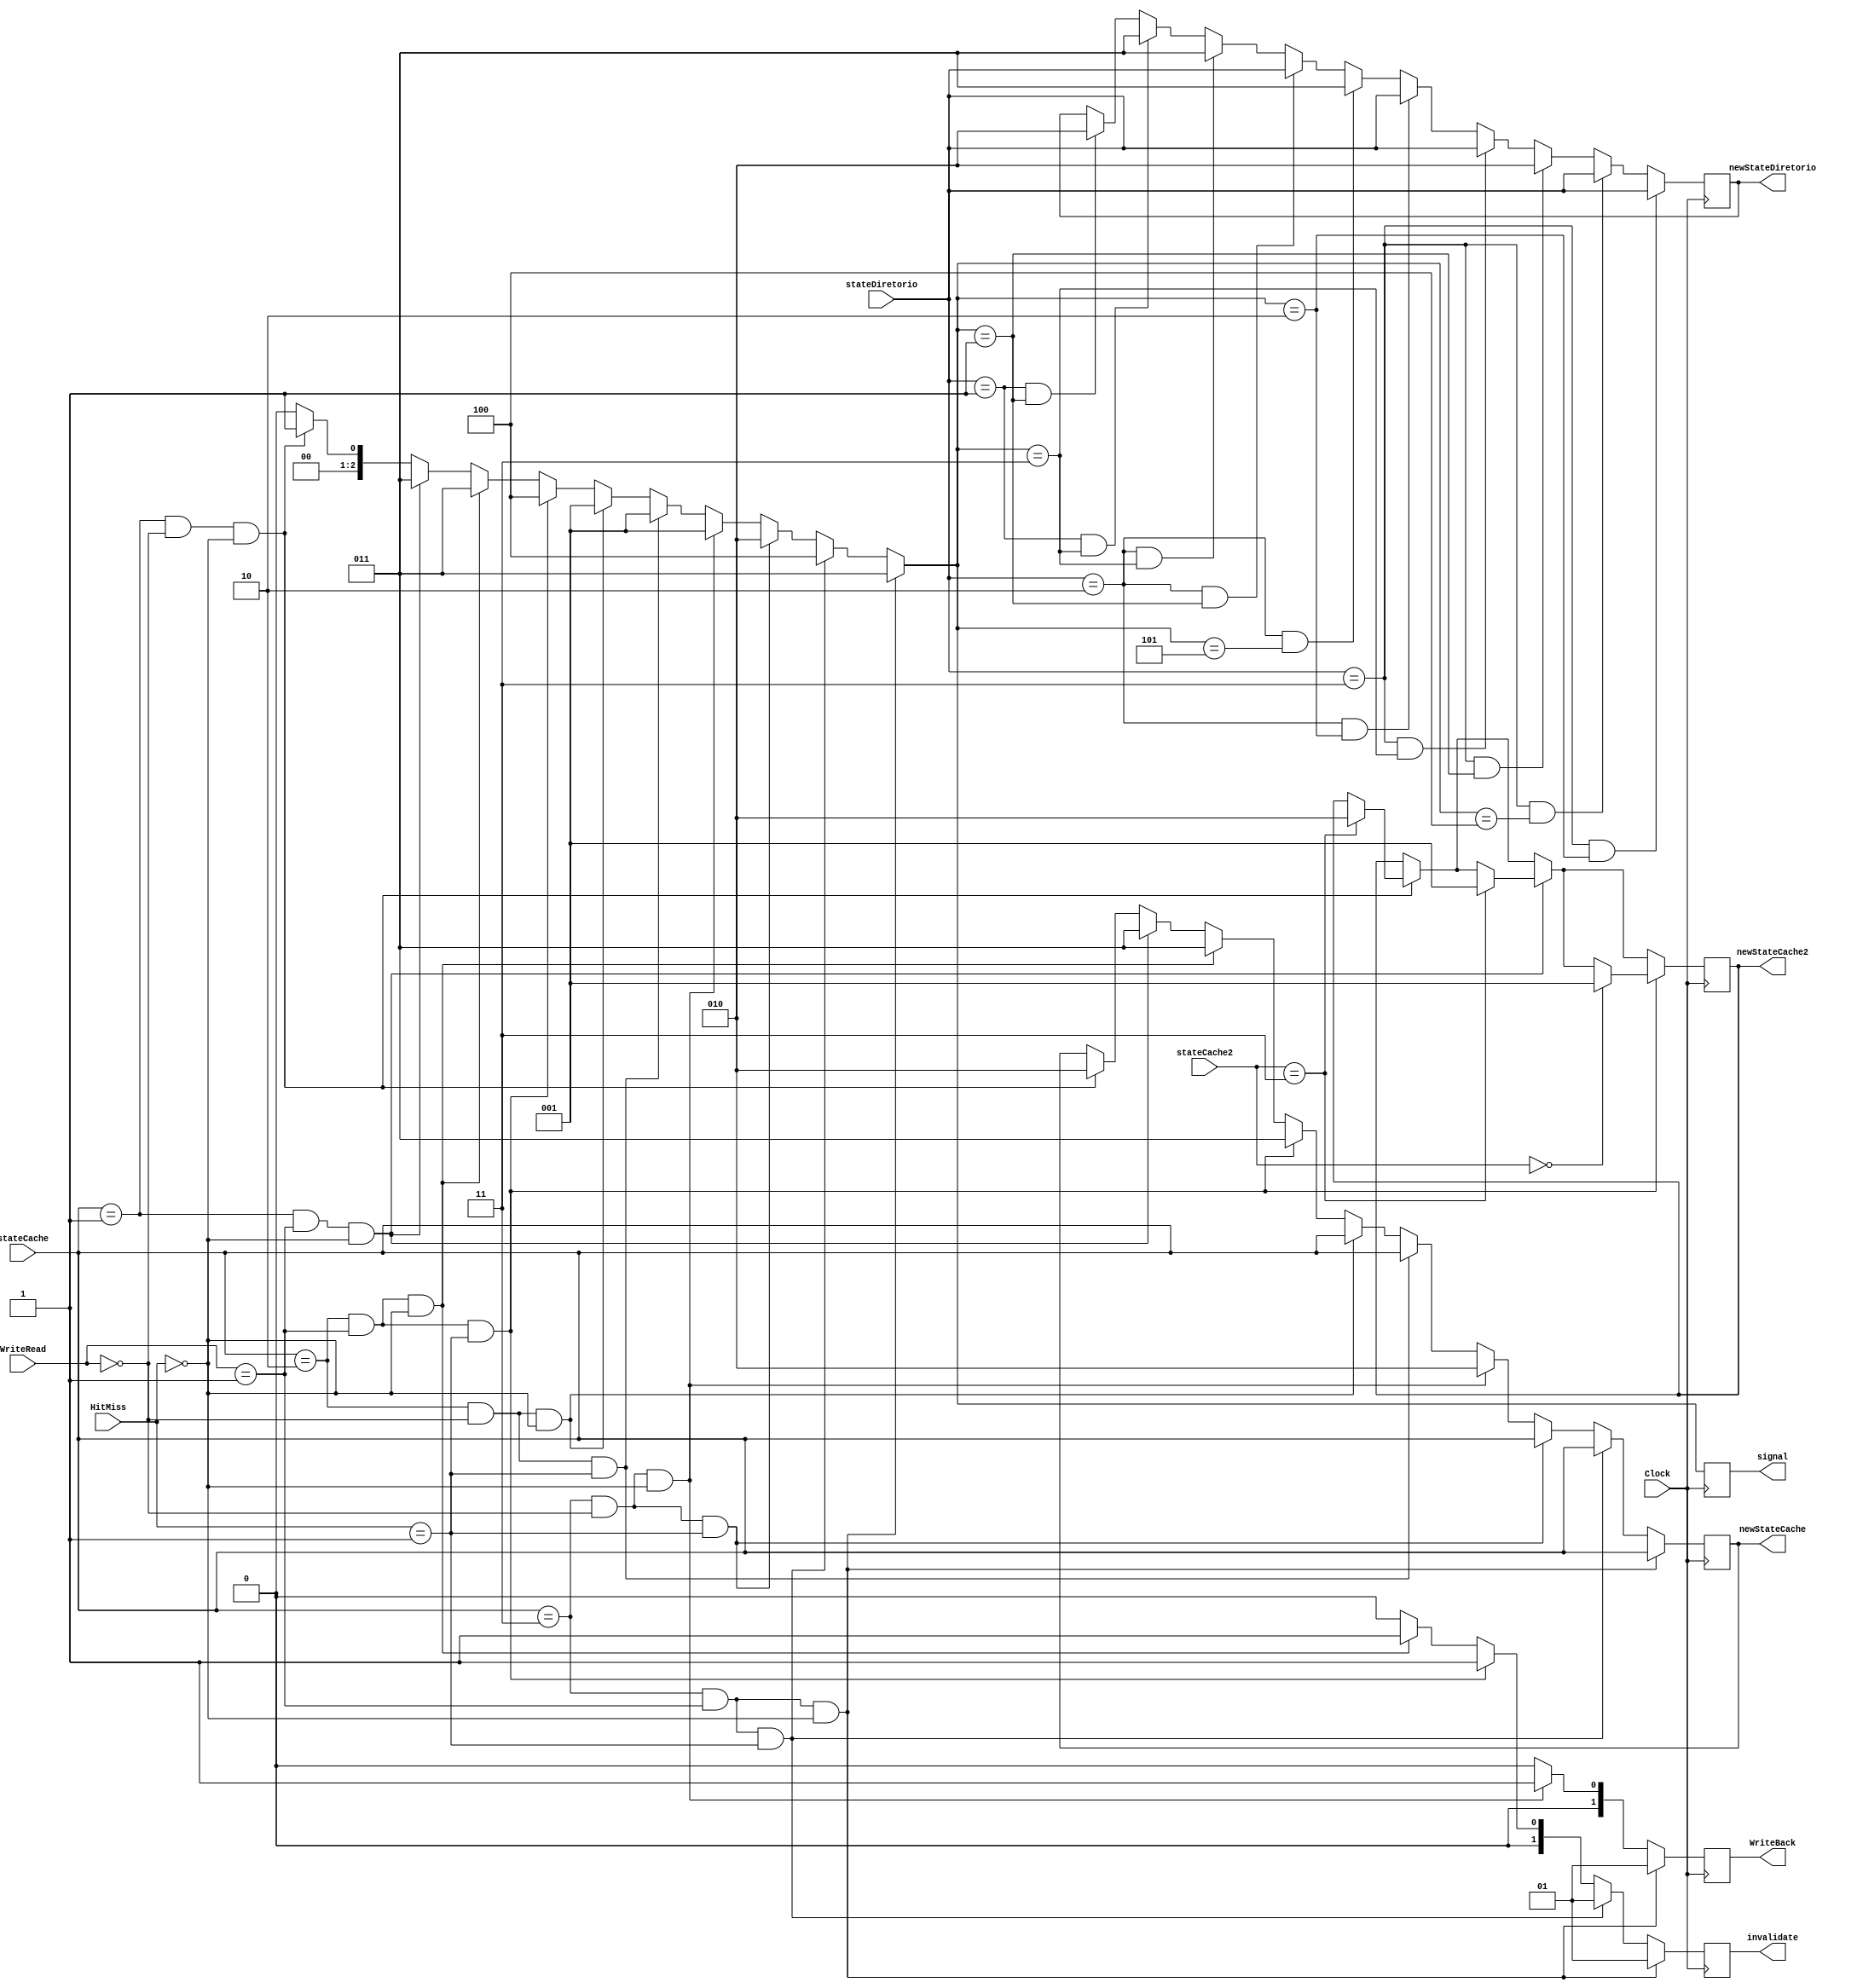
module maquinaDeEstado(Clock, WriteRead, stateCache, stateDiretorio, signal, newStateCache, newStateDiretorio, WriteBack, HitMiss, invalidate, newStateCache2, stateCache2);

/* Instrues para melhor entendimento do cdigo.
 -----------------------------------------
	Estados
	I = 001, S = 010, M = 011
	
	Signal
	000 - vazio
	001 - readMiss
	010 - readHit
	011 - writeMiss
	100 - writeHit
	
	Invalidate
	0 - Miss
	1 - Hit
	
	writeBack
	0 - Miss
	1 - Hit
	
 -----------------------------------------
 */
	//	Entradas:
	input Clock;
	input [2:0] stateCache;
	input [2:0] stateCache2;
	input [2:0] stateDiretorio;	// Estados 1 e 2.
	input [1:0] WriteRead; // saida com read ou write
	input [1:0] HitMiss;
	
	// Sadas que receberam os valores para a simulao.
	output reg[2:0] signal;
	output reg[1:0] invalidate;
	output reg[2:0] newStateCache;
	output reg[2:0] newStateCache2;
	output reg[2:0] newStateDiretorio;
	output reg[1:0] WriteBack;
	

	// Inicializando algumas variveis.
	initial begin 
	
		signal = 3'b000; 
		newStateCache = 3'b000; 
		newStateDiretorio = 3'b000;
		WriteBack = 2'b00;
		invalidate = 2'b00;
		newStateCache2 = 3'b000; 

	end
	
	always@(negedge Clock)begin
		WriteBack = 2'b00;
		signal = 3'b000;
		invalidate = 2'b00;
		
		
// --------------------------------------------------------------------------------------------
		// Mquina de estado 1
		
		if(stateCache == 3'b001 && WriteRead == 2'b00 && HitMiss == 2'b00) //INVALID - CPU Read 
			begin
				newStateCache = 3'b010;					// Shared
				signal = 3'b001;							// Read miss
				
				if(stateCache2 == 3'b011)				// Verificando o estado da segunda cache se  Modified
					begin
						newStateCache2 = 3'b010;			// Shared
					end
			end
			
		if(stateCache == 3'b001 && WriteRead == 2'b01 && HitMiss == 2'b00) // INVALID - CPU Write 
			begin
				newStateCache = 3'b011;					// MODIFIED
				signal = 3'b011;							// Write miss
				
				if(stateCache2 == 3'b011)				// Verificando o estado da segunda cache se  Modified
					begin
						newStateCache2 = 3'b001;			// Invalidate	
					end
			end
			
		if(stateCache == 3'b010 && WriteRead == 2'b01 && HitMiss == 2'b01) //SHARED - WriteHIT 
			begin
				newStateCache = 3'b011;					// Modified
				signal = 3'b100;							// WriteHit
				invalidate = 2'b01;						// Invalidate hit
				
				if(stateCache2 == 3'b000)				// Verificando o estado da segunda cache se  Shared
					begin
						newStateCache2 = 3'b001;			// Invalidate	
					end
			end
			
		else if(stateCache == 3'b010 && WriteRead == 2'b01 && HitMiss == 2'b00) //SHARED - WriteMiss 
			begin
				newStateCache = 3'b011;					// Modified
				signal = 3'b011;							// WriteMiss.
				invalidate = 2'b01;						// Invalidate hit	

			end
		
		if(stateCache == 3'b010 && WriteRead == 2'b00 && HitMiss == 2'b01) //SHARED - ReadHit 
			begin
				newStateCache = stateCache;			// Continua o mesmo estado.
				signal = 3'b001;							// ReadHit.
			end
		else if(stateCache == 3'b010 && WriteRead == 2'b00 && HitMiss == 2'b00) // SHARED - ReadMiss 
			begin
				newStateCache = stateCache;			// Continua o mesmo estado.
				signal = 3'b001;							// ReadHit.
			end	

		if(stateCache == 3'b011 && WriteRead == 2'b00 && HitMiss == 2'b00) //MODIFIED - READ MISS 
			begin
				signal = 3'b001; 							// ReadMiss
				newStateCache = 3'b010;					// SHARED.
				WriteBack = 2'b01;						// Acontece WriteBack	
			end
			
		if(stateCache == 3'b011 && WriteRead == 2'b00 && HitMiss == 2'b01) //MODIFIED - READ Hit 
			begin
				signal = 3'b010; 							// ReadHit
				newStateCache = stateCache;			// Continua o mesmo estado.
			end
			
		if(stateCache == 3'b011 && WriteRead == 2'b01 && HitMiss == 2'b01) //MODIFIED - WriteHit 
			begin
				signal = 3'b100; 							// WriteHit
				newStateCache = stateCache;			// Continua o mesmo estado.
				invalidate = 2'b01;						// Invalidate hit	
			end
		if(stateCache == 3'b011 && WriteRead == 2'b01 && HitMiss == 2'b00) //MODIFIED - WriteMiss 
			begin
				signal = 3'b011; 							// WriteHit
				newStateCache = stateCache;			// Continua o mesmo estado.
				WriteBack = 2'b01;						// Acontece WriteBack
				invalidate = 2'b01;						// Invalidate hit	
			end
		

//-------------------------------------------------------------------------------------------------------
		// Mquina de estado 2 
		
		if(stateDiretorio == 3'b001 && signal == 3'b001) //INVALID - ReadMiss 
			begin

				newStateDiretorio = 3'b010; // SHARED

			end
			
		if(stateDiretorio == 3'b001 && signal == 3'b011) //INVALID - WriteMiss 
			begin

				newStateDiretorio = 3'b011; // MODIFIED

			end
			
		if(stateDiretorio == 3'b010 && signal == 3'b011) //SHARED - WriteMiss 
			begin

				newStateDiretorio = 3'b011; // MODIFIED

			end
			
		if(stateDiretorio == 3'b010 && signal == 3'b001) //SHARED - ReadMiss 
			begin

				newStateDiretorio = stateDiretorio; // SHARED

			end
		if(stateDiretorio == 3'b010 && signal == 3'b101) //SHARED - Invalidate 
			begin

				newStateDiretorio = 3'b011; // MODIFIED

			end
		if(stateDiretorio == 3'b010 && signal == 3'b010) //SHARED - Readhit 
			begin

				newStateDiretorio = stateDiretorio; // MODIFIED

			end
		if(stateDiretorio == 3'b011 && signal == 3'b011) //MODIFIED - WriteMiss 
			begin

				newStateDiretorio = stateDiretorio; // MODIFIED

			end
		if(stateDiretorio == 3'b011 && signal == 3'b001) //MODIFIED - ReadMiss 
			begin

				newStateDiretorio = 3'b010; 	// SHARED

			end
		if(stateDiretorio == 3'b011 && signal == 3'b100) //MODIFIED - WriteHit 
			begin

				newStateDiretorio = stateDiretorio; // MODIFIED

			end
		if(stateDiretorio == 3'b011 && signal == 3'b010) //MODIFIED - ReadHit 
			begin

				newStateDiretorio = stateDiretorio; // MODIFIED

			end
		
	end
// --------------------------------------------------------------------------------------------
endmodule